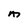
Character: M